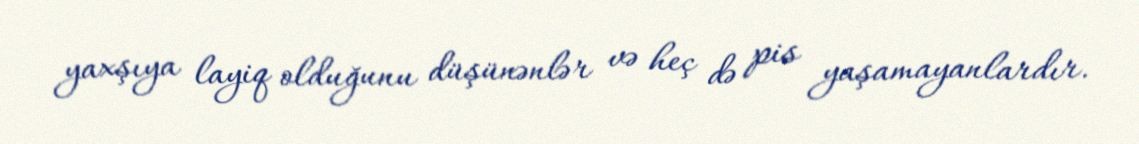
yaxşıya layiq olduğunu düşünənlər və heç də pis yaşamayanlardır.